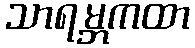
သာရမ္ဘကထာ